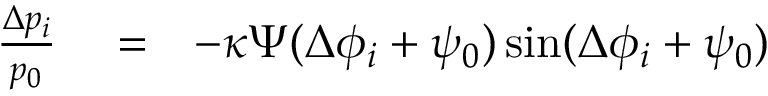
\begin{array} { r l r } { \frac { \Delta p _ { i } } { p _ { 0 } } } & { { } = } & { - \kappa \Psi ( \Delta \phi _ { i } + \psi _ { 0 } ) \sin ( \Delta \phi _ { i } + \psi _ { 0 } ) } \end{array}